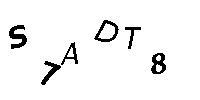
S7ADT8